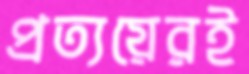
প্রত্যয়েরই